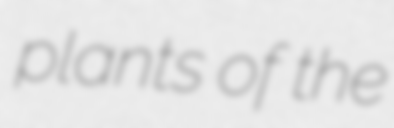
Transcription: plants of the